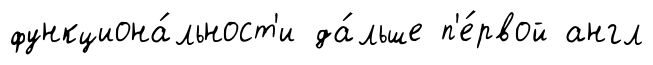
функциона́льност'и да́льше п'е́рвой англ